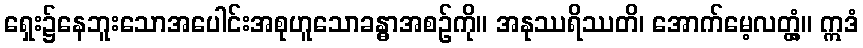
ရှေး၌နေဘူးသောအပေါင်းအစုဟူသောခန္ဓာအစဉ်ကို။ အနုဿရိဿတိ၊ အောက်မေ့လတ္တံ့။ ဣဒံ